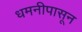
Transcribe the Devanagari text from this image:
धमनीपासून